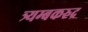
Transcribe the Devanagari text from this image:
त्र्यम्बकरुद्र